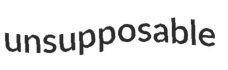
unsupposable